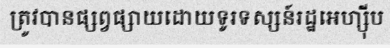
ត្រូវបានផ្សព្វផ្សាយដោយទូរទស្សន៍រដ្ឋអេហ្ស៊ីប